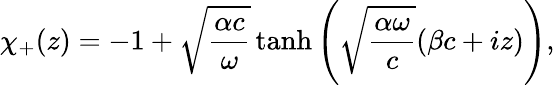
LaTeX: \chi_{+}(z)=-1+\sqrt{\frac{\alpha c}{\omega}}\operatorname{tanh}\left(\sqrt{\frac{\alpha\omega}{c}}(\beta c+iz)\right),